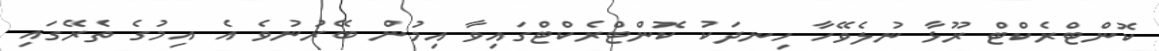
ކޮންޓްރެކްޓް ރޫޅާ ނުލެވޭހާ ހިނދަކު ކޮންޓްރެކްޓްގައިވާ އިމުން ބޭރުނުވެ އެ އިމުގެ ތެރޭގައި